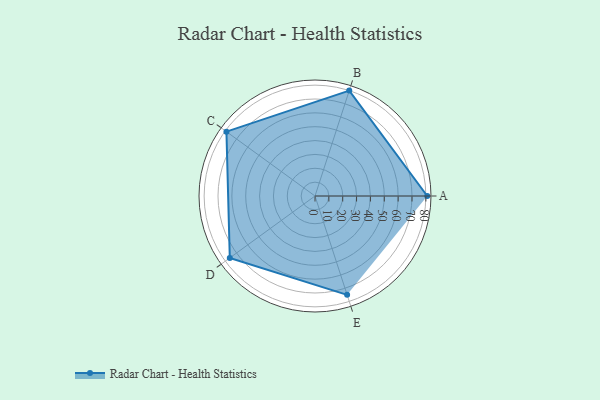
{"axis": {"x": "Skill", "y": "Score"}, "legend": ["Profile"], "data": [{"x": "A", "y": 81.0, "type": "Profile"}, {"x": "B", "y": 80.0, "type": "Profile"}, {"x": "C", "y": 79.0, "type": "Profile"}, {"x": "D", "y": 76.0, "type": "Profile"}, {"x": "E", "y": 75.0, "type": "Profile"}]}